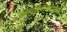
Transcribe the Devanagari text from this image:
आयुर्वेदासंदर्भात